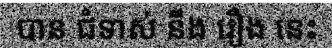
បាន ជំទាស់ នឹង រឿង នេះ